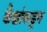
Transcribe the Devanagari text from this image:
कैद्यांकडून